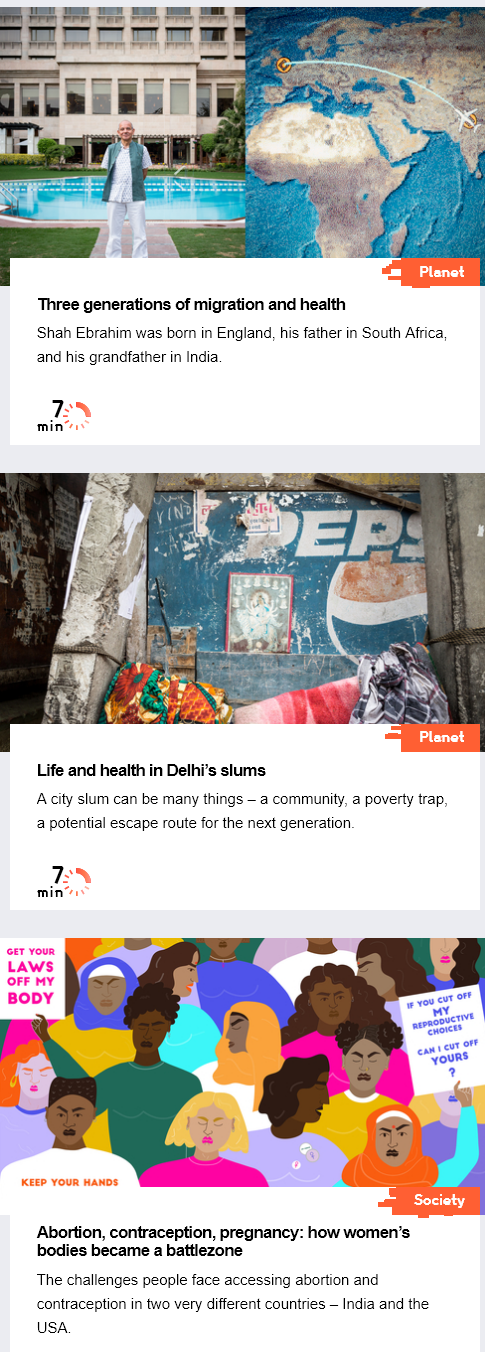
Three generations of migration and health
     Shah Ebrahim was born in England, his father in South Africa,
     and his grandfather in India.
     Life and health in Delhi’s slums
     Accity slum can be many things
     —
     a community, a poverty trap,
     a potential escape route for the next generation
     Tag
     Abortion, contraception, pregnancy: how women’s
     bodies became a  battlezone
     The challenges people face accessing abortion and
     contraception in two very different countries
     —
     India and the
     USA,
     we ou
     cat mF
     |
     ers
     ysis
  cer Your
  LAWS
  OFF MY
  BODY